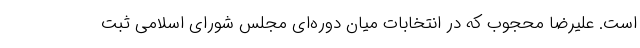
است. علیرضا محجوب که در انتخابات میان دوره‌ای مجلس شورای اسلامی ثبت